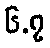
၆.၇